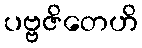
ပဗ္ဗဇိတေဟိ